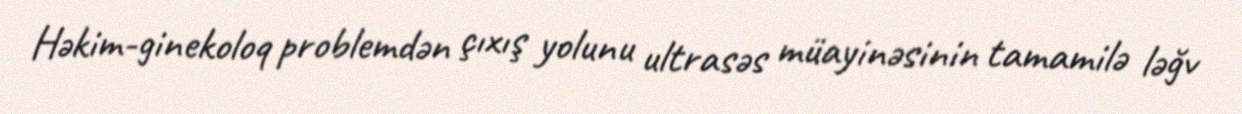
Həkim-ginekoloq problemdən çıxış yolunu ultrasəs müayinəsinin tamamilə ləğv